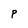
Character: p